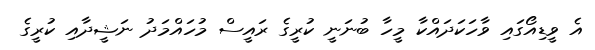
އެ ވީޑިއޯގައި ވާހަކަދައްކާ މީހާ ބުނަނީ ކުރީގެ ރައީސް މުހައްމަދު ނަޝީދާއި ކުރީގެ